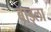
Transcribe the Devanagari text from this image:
बाड्ला